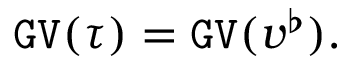
\mathtt { G V } ( \tau ) = \mathtt { G V } ( v ^ { \flat } ) .